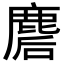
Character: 𪊪